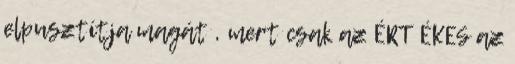
elpusztítja magát , mert csak az ÉRT ÉKES az